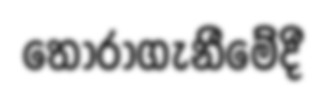
තෝරාගැනීමේදී